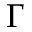
\Gamma